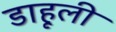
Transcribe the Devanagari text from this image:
डाहूली